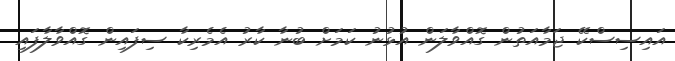
އައިސިސްކޭ ޖަމާއަތުން ގޮއްވާލަން އުޅުނު ކަމަށް ބުނާ ކާރު އެމެރިކާ ސިފައިން ގޮއްވާލާފައި